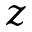
z